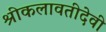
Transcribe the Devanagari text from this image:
श्रीकलावतीदेवी